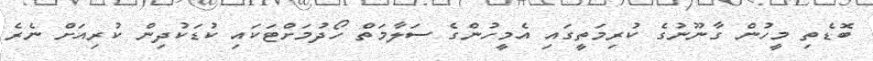
ބޮޑެތި މީހުން ގާނޫނުގެ ކުރިމަތީގައި އެމީހުންގެ ސަލާމަތް ހޯދުމަށްޓަކައި ކުޑަކުދިން ކުރިއަށް ނެރެ